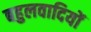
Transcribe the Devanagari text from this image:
बहुलवादियों